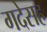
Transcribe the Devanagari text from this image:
गदेसह